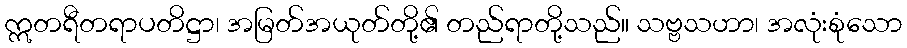
ဣတရီတရာပတိဋ္ဌာ၊ အမြတ်အယုတ်တို့၏ တည်ရာတို့သည်။ သဗ္ဗသဟာ၊ အလုံးစုံသော